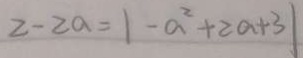
2 - 2 a = \vert - a ^ { 2 } + 2 a + 3 \vert